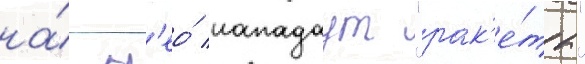
на́ н'ео́ нападаут "рак'е́ты"